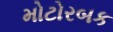
મોટોરબક